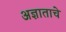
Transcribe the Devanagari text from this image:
अज्ञाताचे